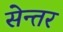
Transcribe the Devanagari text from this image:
सेन्तर